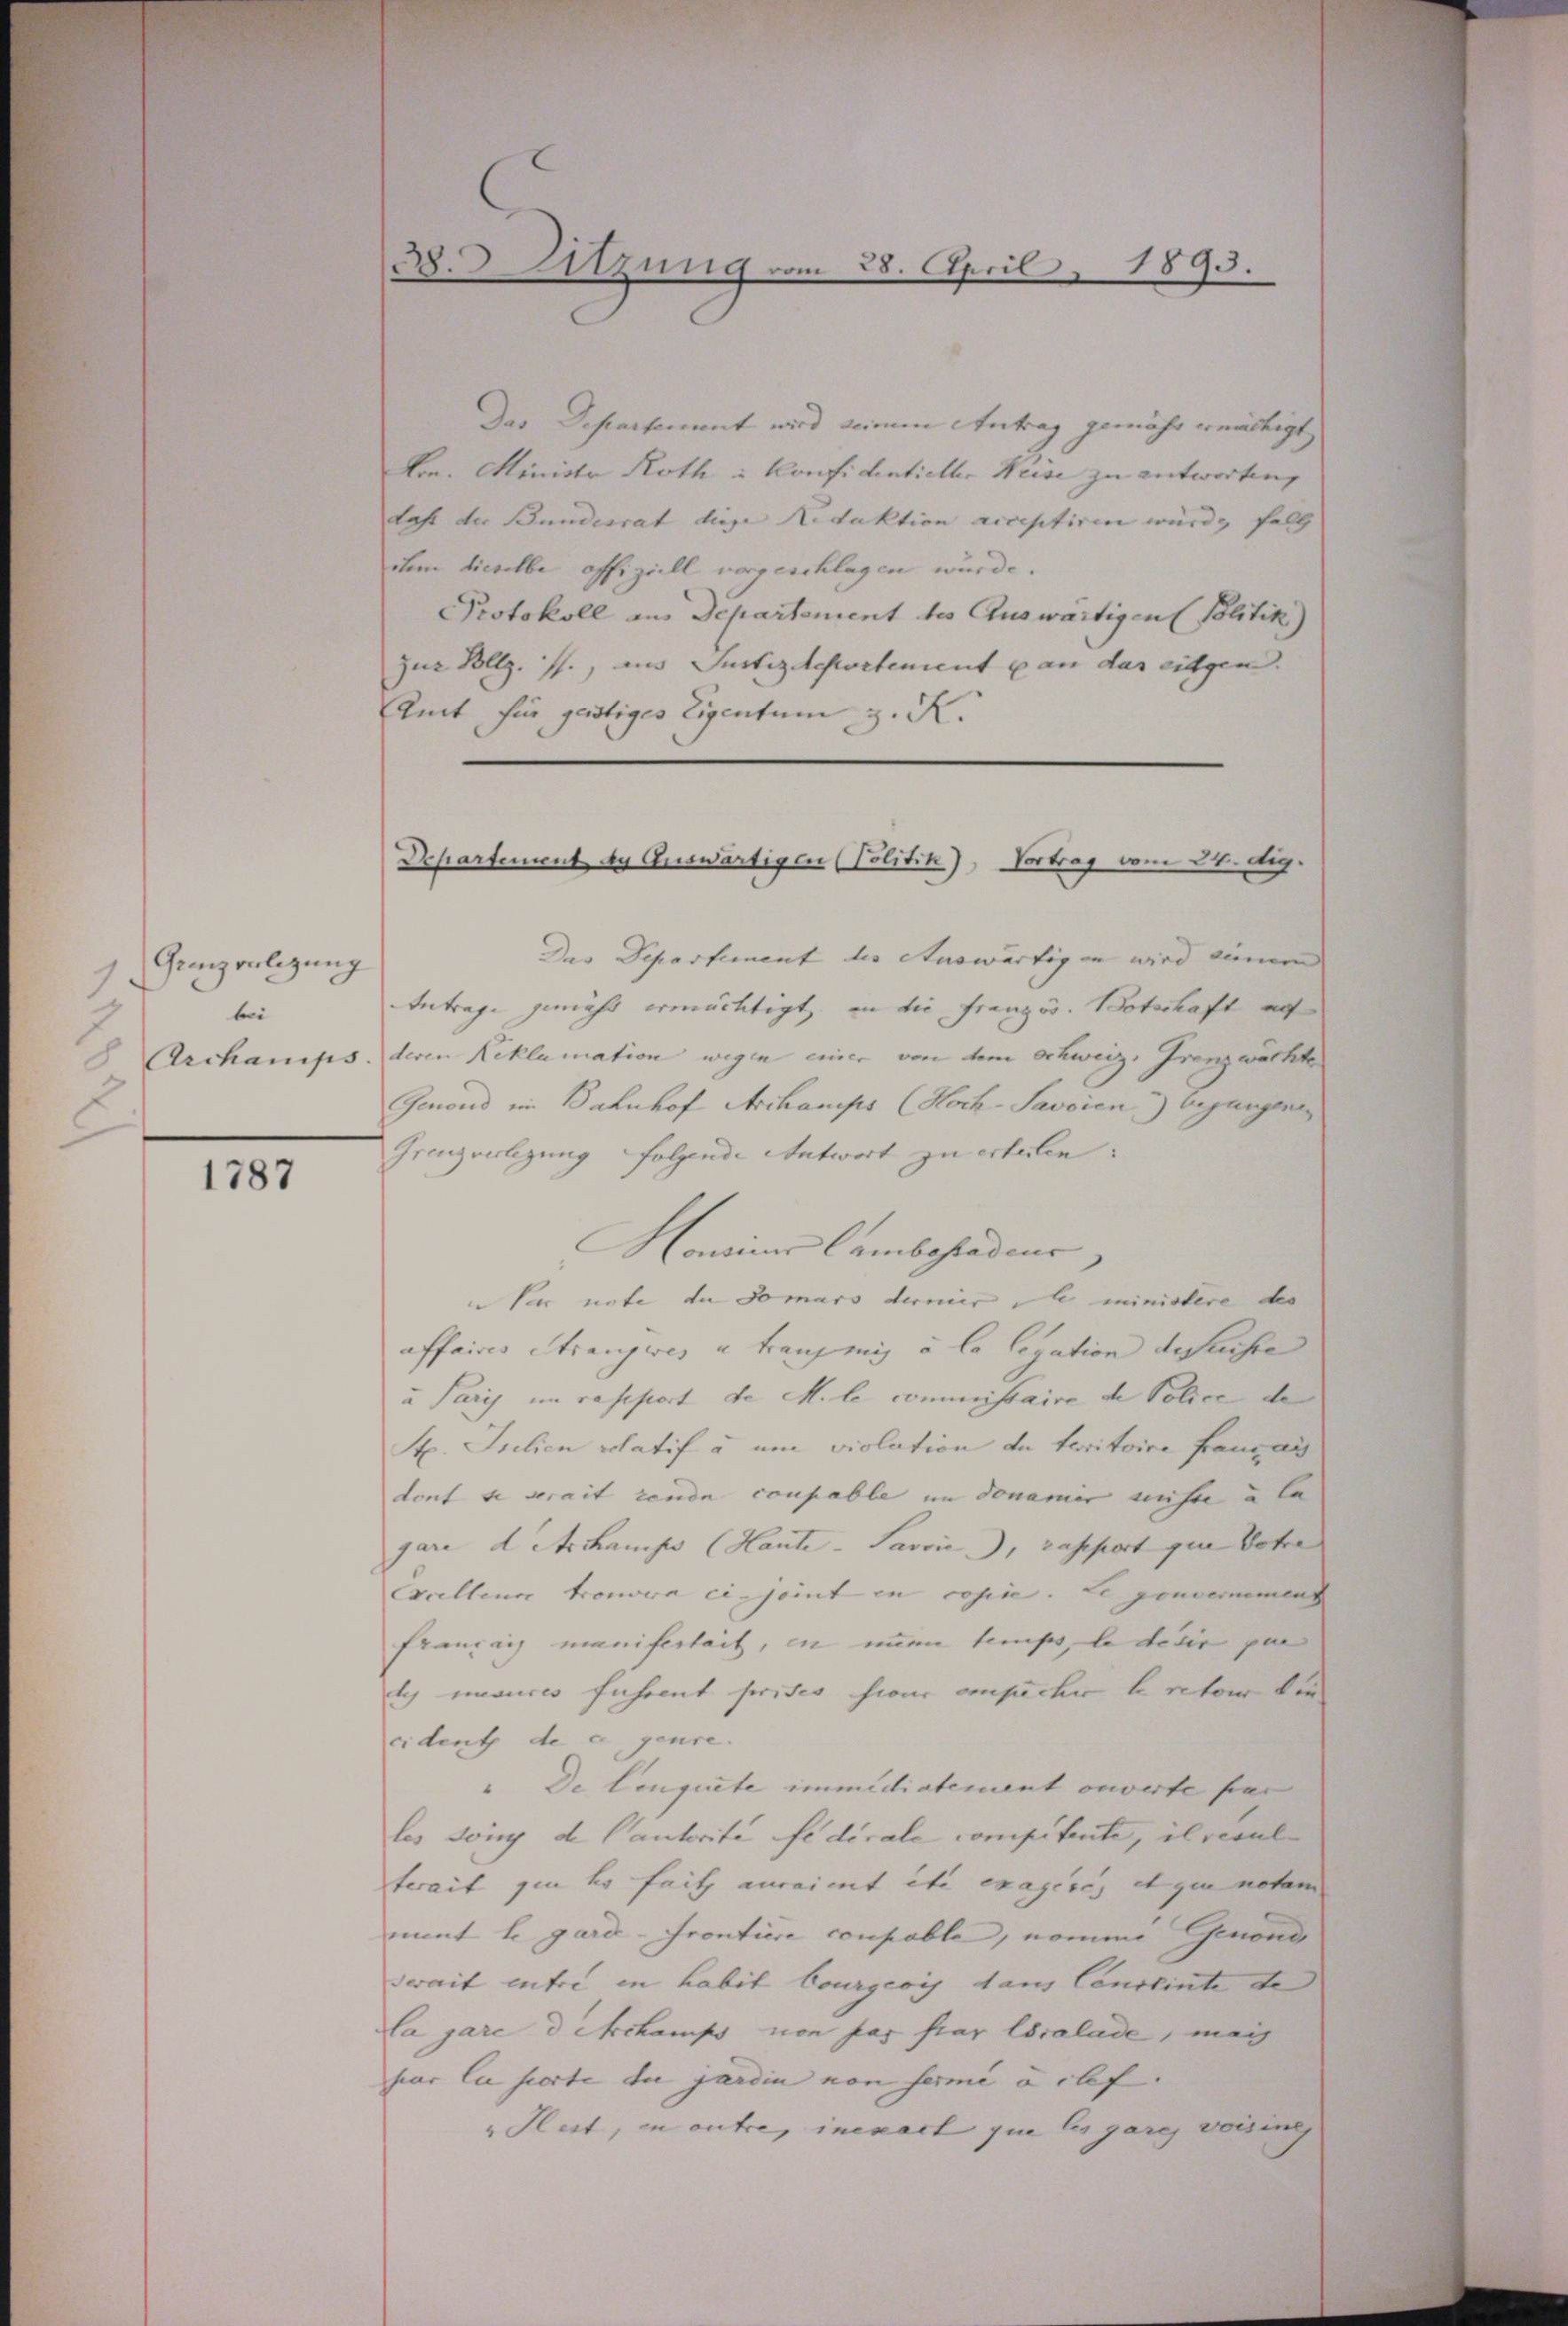
) Ganzenlegung
bei
8 Archanips

1787

38. Sitzung vom 28. April 1893.

Das Schwertement wird keinen Antrag gemäht weitigt,
kon. Minister Roth u. Konfidentielle Weise zu antworten,
Last der Bundesrat diese Redaktion acceptiren würde, fall
ihm dieselbe offiziell vorgeschlagen würde.
Protokoll aus Departement des Auswärtigen (Politik)
zur Vollz. ff., aus Justizdepartement u an das eidgen.
Amt für gestiges Eigentum z. R.
Dur Departement der Auswärtigen wird einer
Antrage zunäht ermächtigt, an die Französ. Botschaft auf
deren Reklamation wegen einer von dem schweiz, Grenzwachte
Genoud im Bahnhof Achamps (Hoch-Savoien) begangene
Grenzverlegung folgende Antwort zu erteilen:
Hominus Cambeladens
ser unte du domars dernier, le ministere des
affaires Stranzwei und traumig à la legation besuchen
u Paris im rassiert de Mile commissaire de Police de
1t. Julich relatif à un violation de territoire franz au
dont se serait rende coupable im donamir müsse u le
gare ditschampe (Haute - Savvić, rasport qui dote
Excellen trouvera einjoint en copie. Le gouvernement
franzig maniferheit, in nun temps, le desir par
te mances führent prises hier ansucher unter die
cident de ce genre
 De leugnete immediatement ouverte par
les Jöny de Cantorité fédérale competente, il recul
terait qui ha fait auraint etc exagire et qui notam
mint le gard-Frontire coupable, nomme Genond
serait entre in habit Courgeois dans Conseinte de
la gare detchamps von pas par Escalade, mach
par la ferte die jardin von fermé à chef.
Huit, in autre, inenart que les gare voising

Departement de Auswärtigen (Politik), Vortrag vom 24. dig.